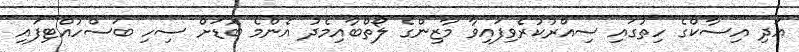
އަދި އިސާކްގެ ހިތުގައި ސިއްރުކުރެވިފައިވާ މާޒިންގެ ލޯތްބާއިމެދު އެންމެ ބޮޑަށް ސިހި ބަސްހުއްޓިފައި